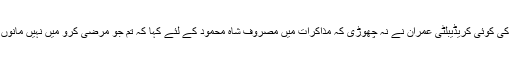
اس کی کوئی کریڈیبلٹی عمران نے نہ چھوڑی کہ مذاکرات میں مصروف شاہ محمود کے لئے کہا کہ تم جو مرضی کرو میں نہیں مانوں گا۔